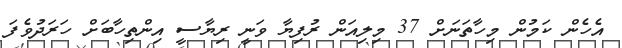
އެހެން ކަމުން މިހާތަނަށް 37 މިލިއަން ރުފިޔާ ވަނީ ރިޔާސީ އިންތިހާބަށް ހަރަދުވެފަ